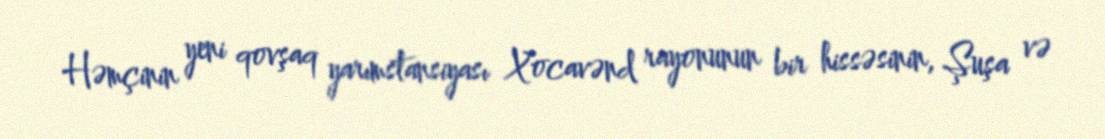
Həmçinin yeni qovşaq yarımstansiyası Xocavənd rayonunun bir hissəsinin, Şuşa və